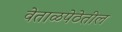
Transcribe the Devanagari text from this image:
वेताळपेठेतील